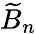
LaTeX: {\widetilde{B}}_{n}